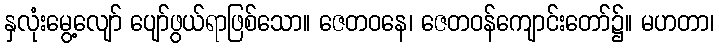
နှလုံးမွေ့လျော် ပျော်ဖွယ်ရာဖြစ်သော။ ဇေတဝနေ၊ ဇေတဝန်ကျောင်းတော်၌။ မဟတာ၊